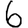
Digit: 6